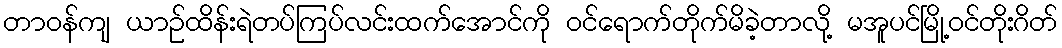
တာဝန်ကျ ယာဉ်ထိန်းရဲတပ်ကြပ်လင်းထက်အောင်ကို ဝင်ရောက်တိုက်မိခဲ့တာလို့ မအူပင်မြို့ဝင်တိုးဂိတ်